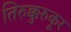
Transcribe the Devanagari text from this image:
तिरुक्कुरुकूर